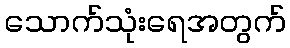
သောက်သုံးရေအတွက်